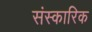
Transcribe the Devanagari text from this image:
संस्कारिक